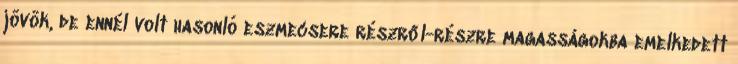
jövök, de ennél volt hasonló eszmecsere részről-részre magasságokba emelkedett